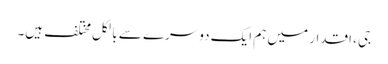
جی ، اقدار میں ہم ایک دوسرے سے بالکل مختلف ہیں۔